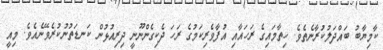
ކާމިޔާބު ބައްދަލުކުރާނެތެވެ. ހިތާމައިގެ ރަހައާއި އުފާވެރިކަމުގެ ރަހަ ދެކިގެންނޫނީ ދިރިއުޅުން ކަނޑަތުނުކުރެވޭނެއެވެ. މިއީ